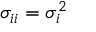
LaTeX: \sigma _ { i i } = \sigma _ { i } ^ { 2 }